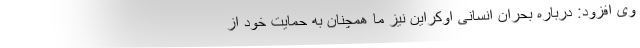
وی افزود: درباره بحران انسانی اوکراین نیز ما همچنان به حمایت خود از